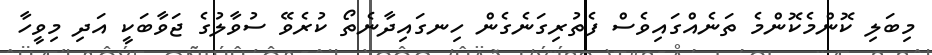
މިބަލި ކޮންމެކޮންމެ ތަނެއްގައިވެސް ފެތުރިގަނެގެން ހިނގައިދާނެތޯ ކުރެވޭ ސުވާލުގެ ޖަވާބަކީ އަދި މިވީހާ